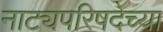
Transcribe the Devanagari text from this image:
नाट्यपरिषदेच्या